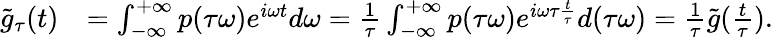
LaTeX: \begin{array}{rl}{\tilde{g}_{\tau}(t)}&{=\int_{-\infty}^{+\infty}p(\tau\omega)e^{i\omega t}d\omega=\frac{1}{\tau}\int_{-\infty}^{+\infty}p(\tau\omega)e^{i\omega\tau\frac{t}{\tau}}d(\tau\omega)=\frac{1}{\tau}\tilde{g}(\frac{t}{\tau}).}\end{array}